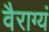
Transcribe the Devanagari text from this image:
वैराग्यं